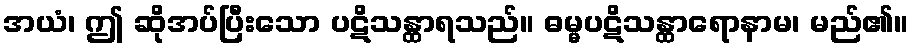
အယံ၊ ဤ ဆိုအပ်ပြီးသော ပဋိသန္ထာရသည်။ ဓမ္မပဋိသန္ထာရောနာမ၊ မည်၏။